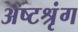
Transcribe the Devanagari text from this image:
अष्टश्रृंग